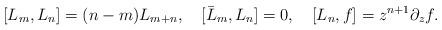
LaTeX: \begin{align*}[L_m,L_n]=(n-m)L_{m+n},\quad [\bar L_m,L_n]=0, \quad [L_n,f]=z^{n+1}\partial_zf. \end{align*}